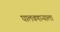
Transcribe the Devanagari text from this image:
घालवणाऱ्याला